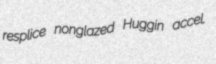
resplice nonglazed Huggin accel.